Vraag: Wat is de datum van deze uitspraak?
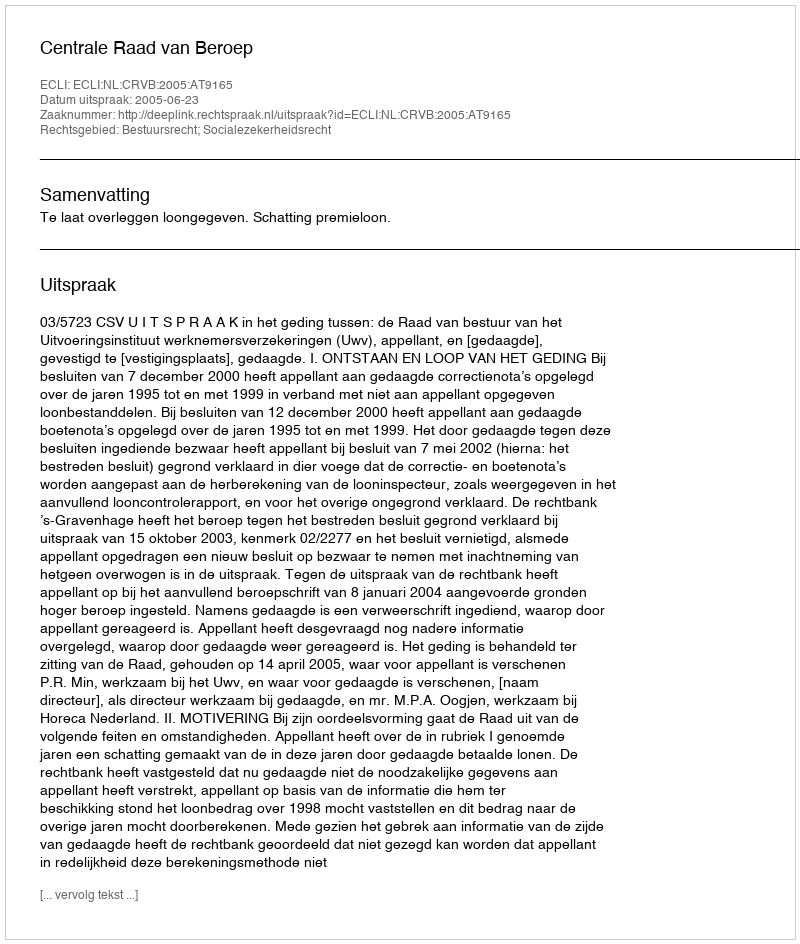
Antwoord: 2005-06-23